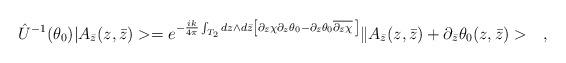
LaTeX: \begin{align*}\hat{U}^{-1}(\theta_0)|A_{\bar{z}}(z,\bar{z})>=e^{-\frac{ik}{4\pi}\int_{T_2}dz\wedge d\bar{z}\left[\partial_{\bar{z}}\chi\partial_z\theta_0-\partial_{\bar{z}}\theta_0\overline{\partial_{\bar{z}}\chi}\,\right]}\|A_{\bar{z}}(z,\bar{z})+\partial_{\bar{z}}\theta_0(z,\bar{z})>\ \ \ ,\end{align*}